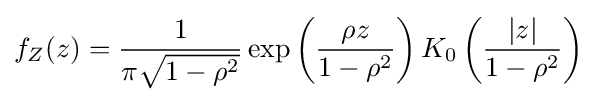
f_{Z}(z)={\frac {1}{\pi {\sqrt {1-\rho ^{2}}}}}\exp \left({\frac {\rho z}{1-\rho ^{2}}}\right)K_{0}\left({\frac {|z|}{1-\rho ^{2}}}\right)